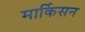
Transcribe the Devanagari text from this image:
मार्किसन